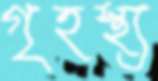
গৃহস্থ্য